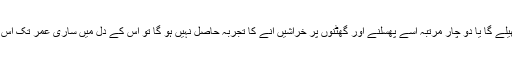
اگر بچہ گلی میں نہیں کھیلے گا یا دو چار مرتبہ اسے پھسلنے اور گھٹنوں پر خراشیں آنے کا تجربہ حاصل نہیں ہو گا تو اس کے دل میں ساری عمر تک اس گرنے کا خوف رہے گا۔